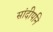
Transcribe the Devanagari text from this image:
सांदीपनि